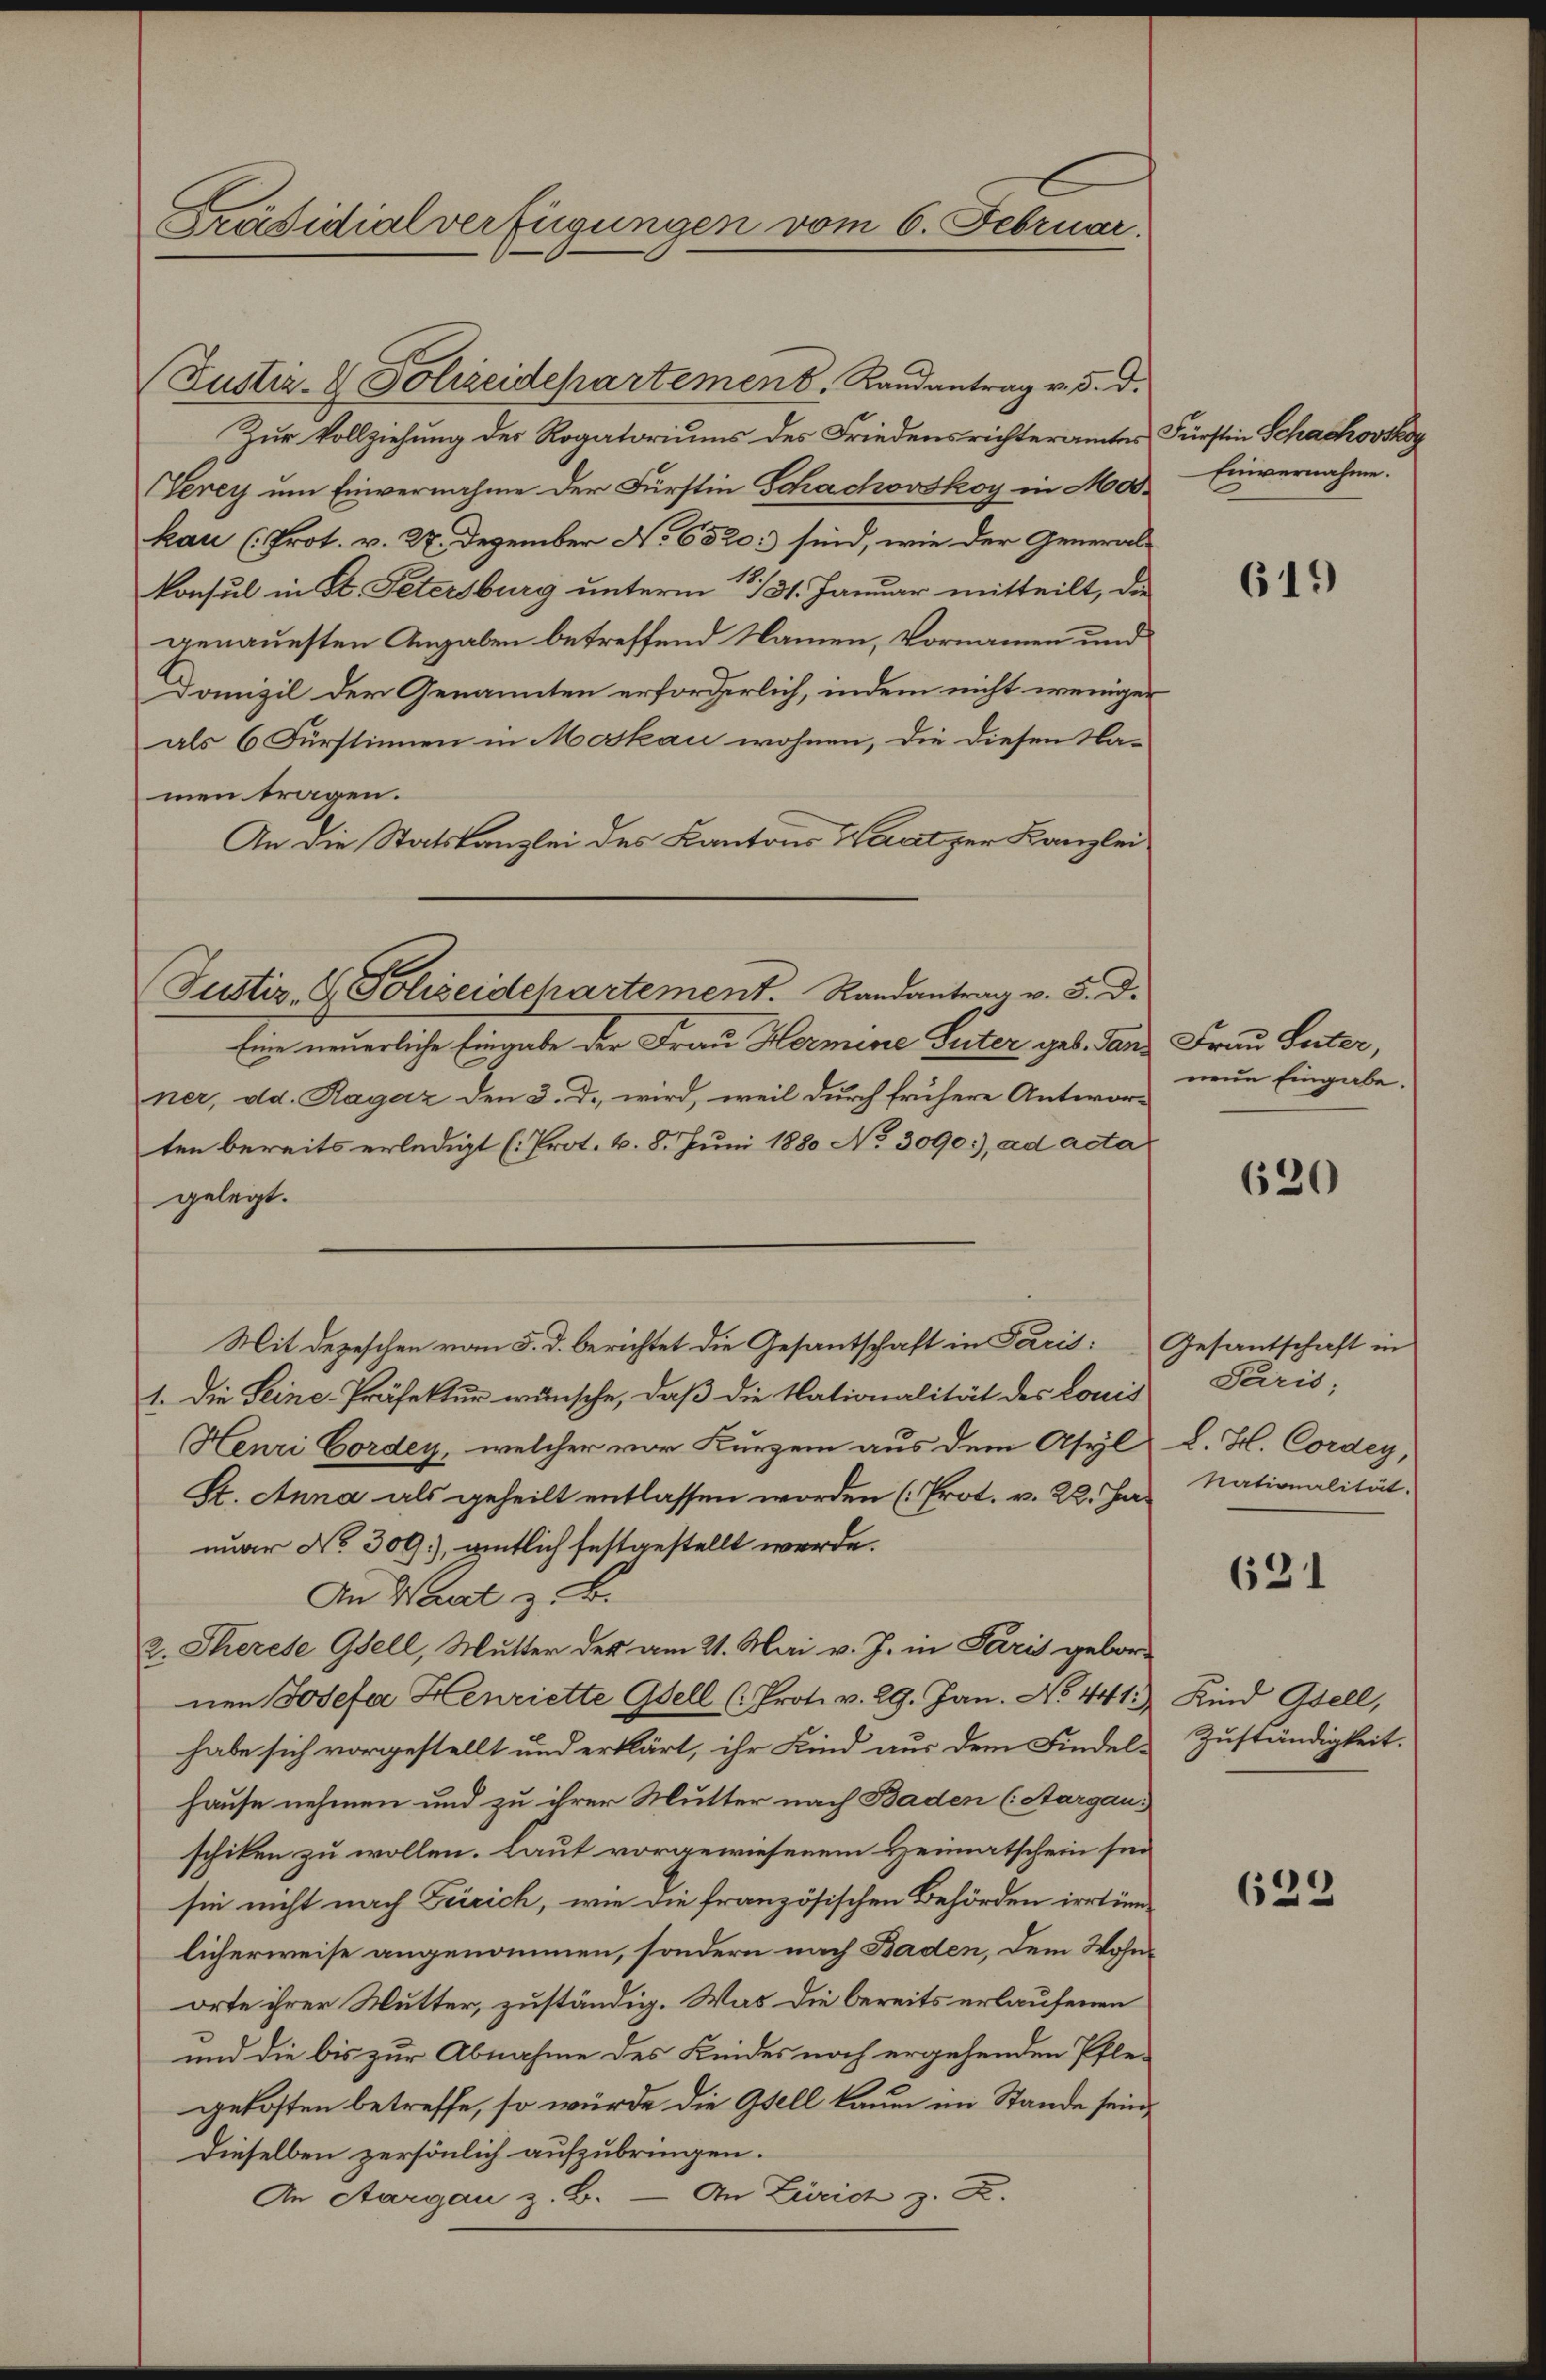
Präsidialverfügungen vom 6. Februar.

(Justiz- & Polizeidepartement. Landantrag v. 5. d.
Zur Vollziehung des Rogatoriums des Friedensrichteramtes Fürstin Schachovsky
Verey um Einvernahme der Fürstin Schachovskoy in Mod
kau (Prot. v. 27. Dezember No 6320: sind, wie der General-
konsul in St. Petersburg unterm 13./31. Januar mitteilt, die
genauesten Angaben betreffend Namen, Vornamen und
Domizil der Genannten erforderlich, indem nicht weniger
als 6 Fürstinnen in Moskau wohnen, die diesen Na-
men tragen.
An die Statskanzlei des Kantons Wartzer Kanzlei
Eine neuerliche Eingabe der Frau Hermine Güter geb. Tanz Frau Suter,
ner, dd. Ragaz den 3. d. wird, weil durch frühere Antworten bereits erledigt (Prot. v. 8. Juni 1880 No 3090:), ad acta
gelegt.
Mit Depeschen vom 5. d. berichtet die Gesantschaft in Paris Gesantschaft in
1. Die Seine-Präfektur wünsche, daß die Nationalität des Louis
Henri Cordey, welcher vor Kurzem aus dem Asyl
St. Anna als geheilt entlassen worden (Prot. v. 22. Ja. Nationalität.
nuar No 309), amtlich festgestellt werde.
An Haut z. B.
2. Therese Gfell, Mutter der am 21. Mai v. J. in Paris gebornen Josefa Henriette Gfell (Prot. v. 29. Jan. No 441.
habe sich vorgestellt und erklärt, ihr Kind aus dem Findel-
hause nehmen und zu ihrer Mutter nach Baden (Aargau:
schiken zu wollen. Laut vorgewiesenem Heimatschein sei
sie nicht nach Zürich, wie die französischen Behörden irrtüm-
licherweise angenommen, sondern nach Baden, dem Wohnorte ihrer Mutter, zuständig. Was die bereits erlaufenen
und die bis zur Abnahme des Kindes noch ergehenden Pfle-
e
gekosten betreffe, so würde die Gsell kaum im Stande sein,
Dieselben persönlich aufzubringen.
An Aargau z. B. — An Zürich z. Z.

Justiz & Polizeidepartement. Randantrag v. 5. d.

Einvernahme.

619

neue Eingabe.

620

Paris;
l. Bl. Cordey,

631

Kind Gsell,
Zuständigkeit.

622